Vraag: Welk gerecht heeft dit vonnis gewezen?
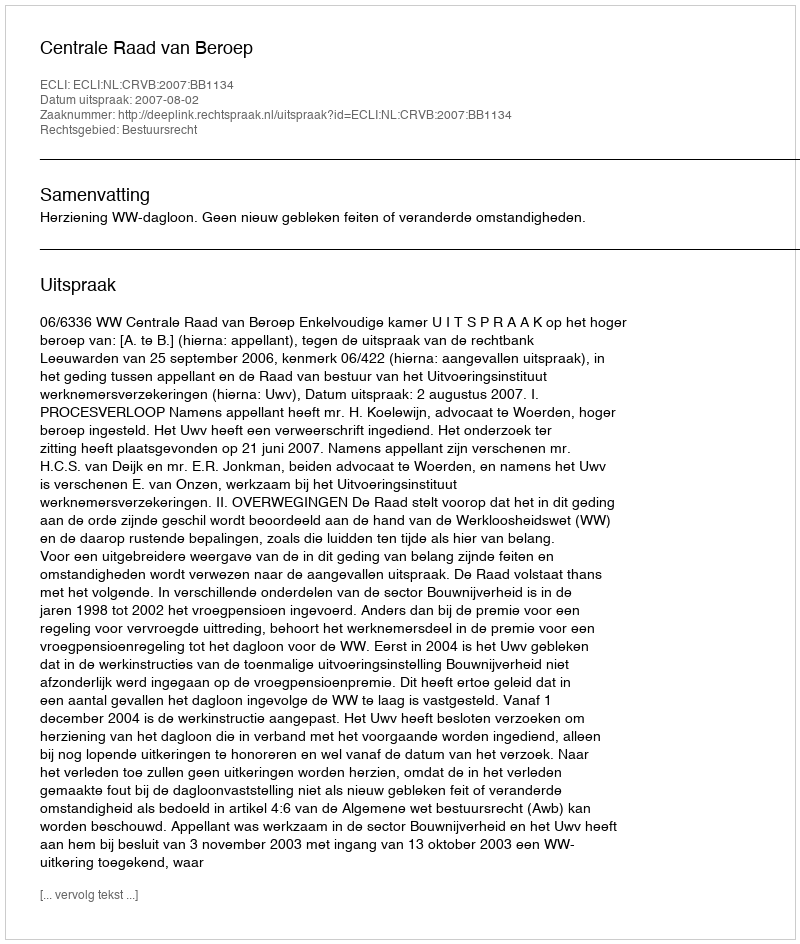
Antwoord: Centrale Raad van Beroep